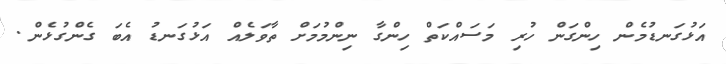
އަޅުގަނޑުމެން ހިންގަން ހުރި މަސައްކަތް ހިންގާ ނިންމުމަށް ތާވަލެއް އަޅުގަނޑު އެބަ ގެންގުޅެން.